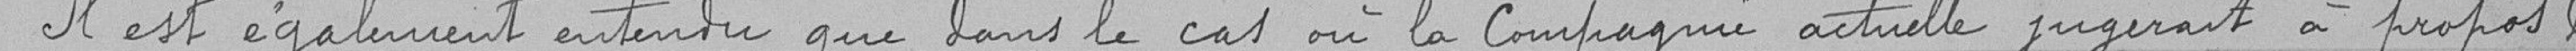
Il est également entendu que dans le cas où la Compagnie actuelle jugerait à propos de